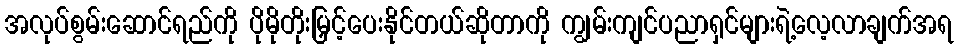
အလုပ်စွမ်းဆောင်ရည်ကို ပိုမိုတိုးမြှင့်ပေးနိုင်တယ်ဆိုတာကို ကျွမ်းကျင်ပညာရှင်များရဲ့လေ့လာချက်အရ